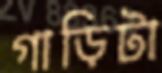
গাড়িটা